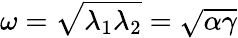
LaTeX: \omega={\sqrt{\lambda_{1}\lambda_{2}}}={\sqrt{\alpha\gamma}}